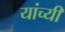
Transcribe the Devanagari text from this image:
यांच्यी